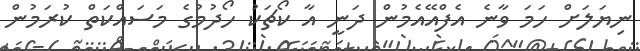
ނިޔަލަށް ހަމަ ވާނެ އެފްއޭއެމުން ދަނީ އާ ކޯޗަކު ހޯދުމުގެ މަސައްކަތް ކުރަމުން